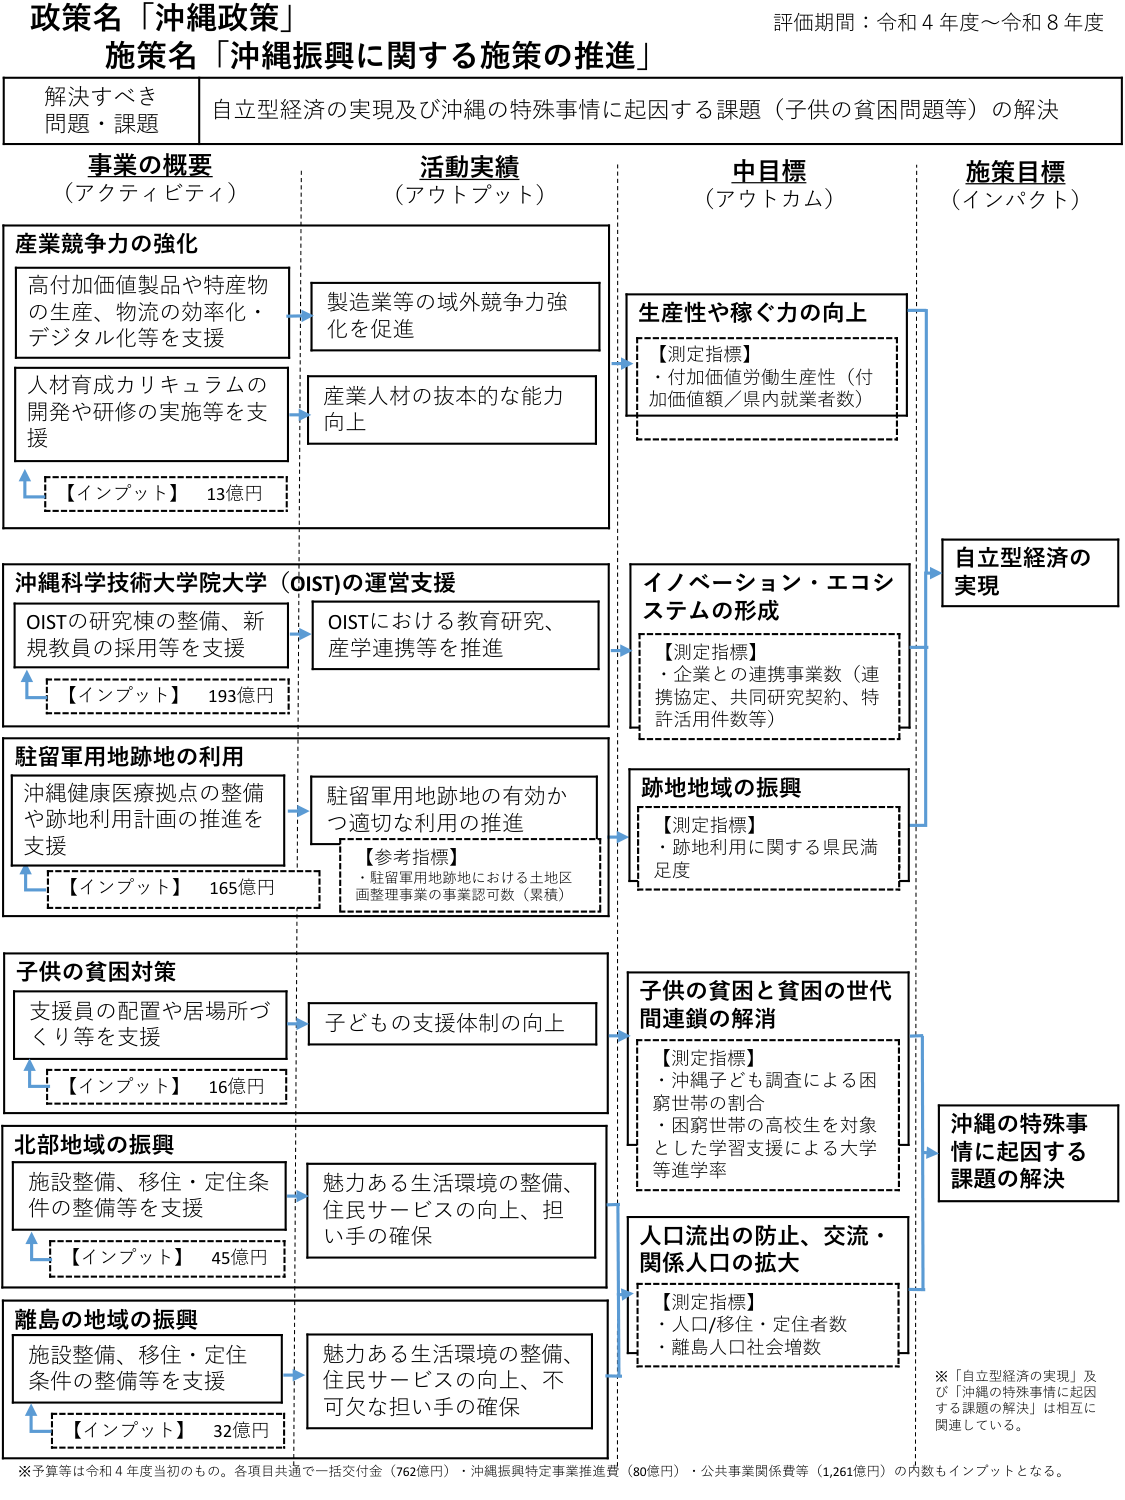
政策名「沖縄政策」
施策名「沖縄振興に関する施策の推進」
評価期間：令和4年度～令和8年度

解決すべき
問題・課題
自立型経済の実現及び沖縄の特殊事情に起因する課題（子供の貧困問題等）の解決

事業の概要
（アクティビティ）
活動実績
（アウトプット）
中目標
（アウトカム）
施策目標
（インパクト）

産業競争力の強化
高付加価値製品や特産物
の生産、物流の効率化・
デジタル化等を支援
→ 製造業等の域外競争力強
化を促進
→ 産業人材の抜本的な能力
向上
【インプット】 13億円

沖縄科学技術大学院大学（OIST）の運営支援
OISTの研究棟の整備、新
規教員の採用等を支援
→ OISTにおける教育研究、
産学連携等を推進
【インプット】 193億円

駐留軍用地跡地の利用
沖縄健康医療拠点の整備
や跡地利用計画の推進を
支援
→ 駐留軍用地跡地の有効か
つ適切な利用の推進
【参考指標】
・駐留軍用地跡地における土地区
画整理事業の事業認可数（累積）
【インプット】 165億円

子供の貧困対策
支援員の配置や居場所づ
くり等を支援
→ 子どもの支援体制の向上
【インプット】 16億円

北部地域の振興
施設整備、移住・定住条
件の整備等を支援
→ 魅力ある生活環境の整備、
住民サービスの向上、担
い手の確保
【インプット】 45億円

離島の地域の振興
施設整備、移住・定住
条件の整備等を支援
→ 魅力ある生活環境の整備、
住民サービスの向上、不
可欠な担い手の確保
【インプット】 32億円

生産性や稼ぐ力の向上
【測定指標】
・付加価値労働生産性（付
加価値額／県内就業者数）

イノベーション・エコシ
ステムの形成
【測定指標】
・企業との連携事業数（連
携協定、共同研究契約、特
許活用件数等）

跡地地域の振興
【測定指標】
・跡地利用に関する県民満
足度

子供の貧困関貧困の世代
間連鎖の解消
【測定指標】
・沖縄子ども調査による困
窮世帯の割合
・困窮世帯の高校生を対象
とした学習支援による大学
等進学率

人口流出の防止、交流・
関係人口の拡大
【測定指標】
・人口/移住・定住者数
・離島人口社会増数

自立型経済の
実現

沖縄の特殊事
情に起因する
課題の解決

※「自立型経済の実現」及
び「沖縄の特殊事情に起因
する課題の解決」は相互に
関連している。

※予算等は令和4年度当初のもの。各項目共通で一括交付金（762億円）・沖縄振興特定事業推進費（80億円）・公共事業関係費等（1,261億円）の内数もインプットとなる。